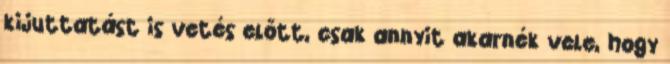
kijuttatást is vetés előtt, csak annyit akarnék vele, hogy